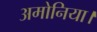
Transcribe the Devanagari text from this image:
अमोनिया।